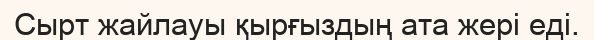
Сырт жайлауы қырғыздың ата жері еді.